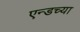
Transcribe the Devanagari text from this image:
एन्डच्या